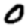
Digit: 0